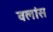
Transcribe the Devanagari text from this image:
वलांस